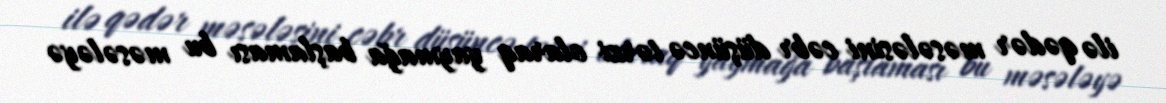
ilə qədər məsələsini cəbr düşüncə tərzi olaraq yaymağa başlaması bu məsələyə